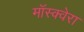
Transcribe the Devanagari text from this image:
मॉस्क्वेरा